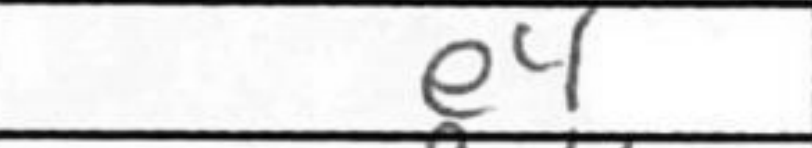
Transcription: e4